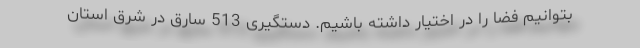
بتوانیم فضا را در اختیار داشته باشیم. دستگیری 513 سارق در شرق استان